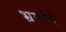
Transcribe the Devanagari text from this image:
भ्रमांचे